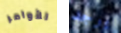
للأوامر يوجد